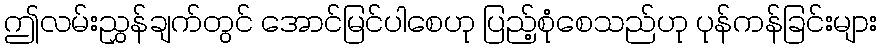
ဤလမ်းညွှန်ချက်တွင် အောင်မြင်ပါစေဟု ပြည့်စုံစေသည်ဟု ပုန်ကန်ခြင်းများ